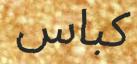
كباس